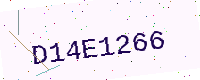
Text: D14E1266